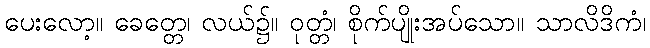
ပေးလော့။ ခေတ္တေ၊ လယ်၌။ ဝုတ္တံ၊ စိုက်ပျိုးအပ်သော။ သာလိဒိကံ၊